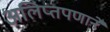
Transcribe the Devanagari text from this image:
अलिप्तपणाने